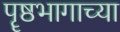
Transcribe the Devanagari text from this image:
पॄष्ठभागाच्या